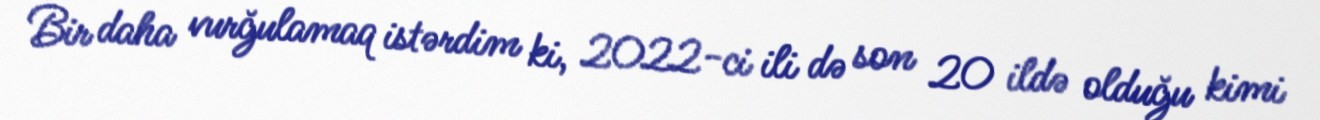
Bir daha vurğulamaq istərdim ki, 2022-ci ili də son 20 ildə olduğu kimi